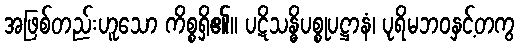
အဖြစ်တည်းဟူသော ကိစ္စရှိ၏။ ပဋိသန္ဓိပစ္စုပဋ္ဌာနံ၊ ပုရိမဘဝနှင့်တကွ